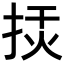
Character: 𢭅